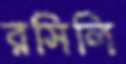
রসিলি